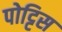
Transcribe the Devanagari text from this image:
पोट्टिस